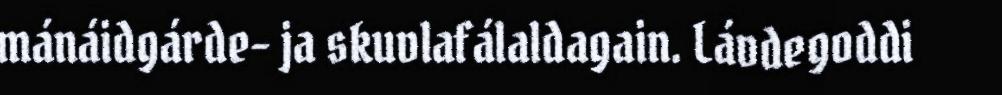
mánáidgárde- ja skuvlafálaldagain. Lávdegoddi